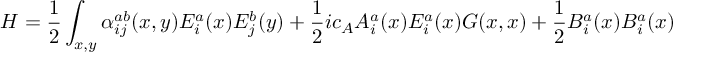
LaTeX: H = { \frac { 1 } { 2 } } \int _ { x , y } \alpha _ { i j } ^ { a b } ( x , y ) E _ { i } ^ { a } ( x ) E _ { j } ^ { b } ( y ) + { \frac { 1 } { 2 } } i c _ { A } A _ { i } ^ { a } ( x ) E _ { i } ^ { a } ( x ) G ( x , x ) + { \frac { 1 } { 2 } } B _ { i } ^ { a } ( x ) B _ { i } ^ { a } ( x )